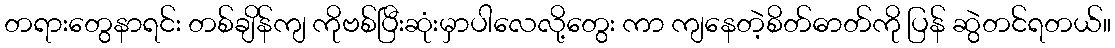
တရားတွေနာရင်း တစ်ချိန်ကျ ကိုဗစ်ပြီးဆုံးမှာပါလေလို့တွေး ကာ ကျနေတဲ့စိတ်ဓာတ်ကို ပြန် ဆွဲတင်ရတယ်။